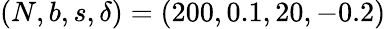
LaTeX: (N,b,s,\delta)=(200,0.1,20,-0.2)